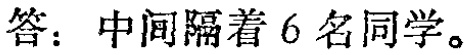
答：中间隔着 6 名同学。